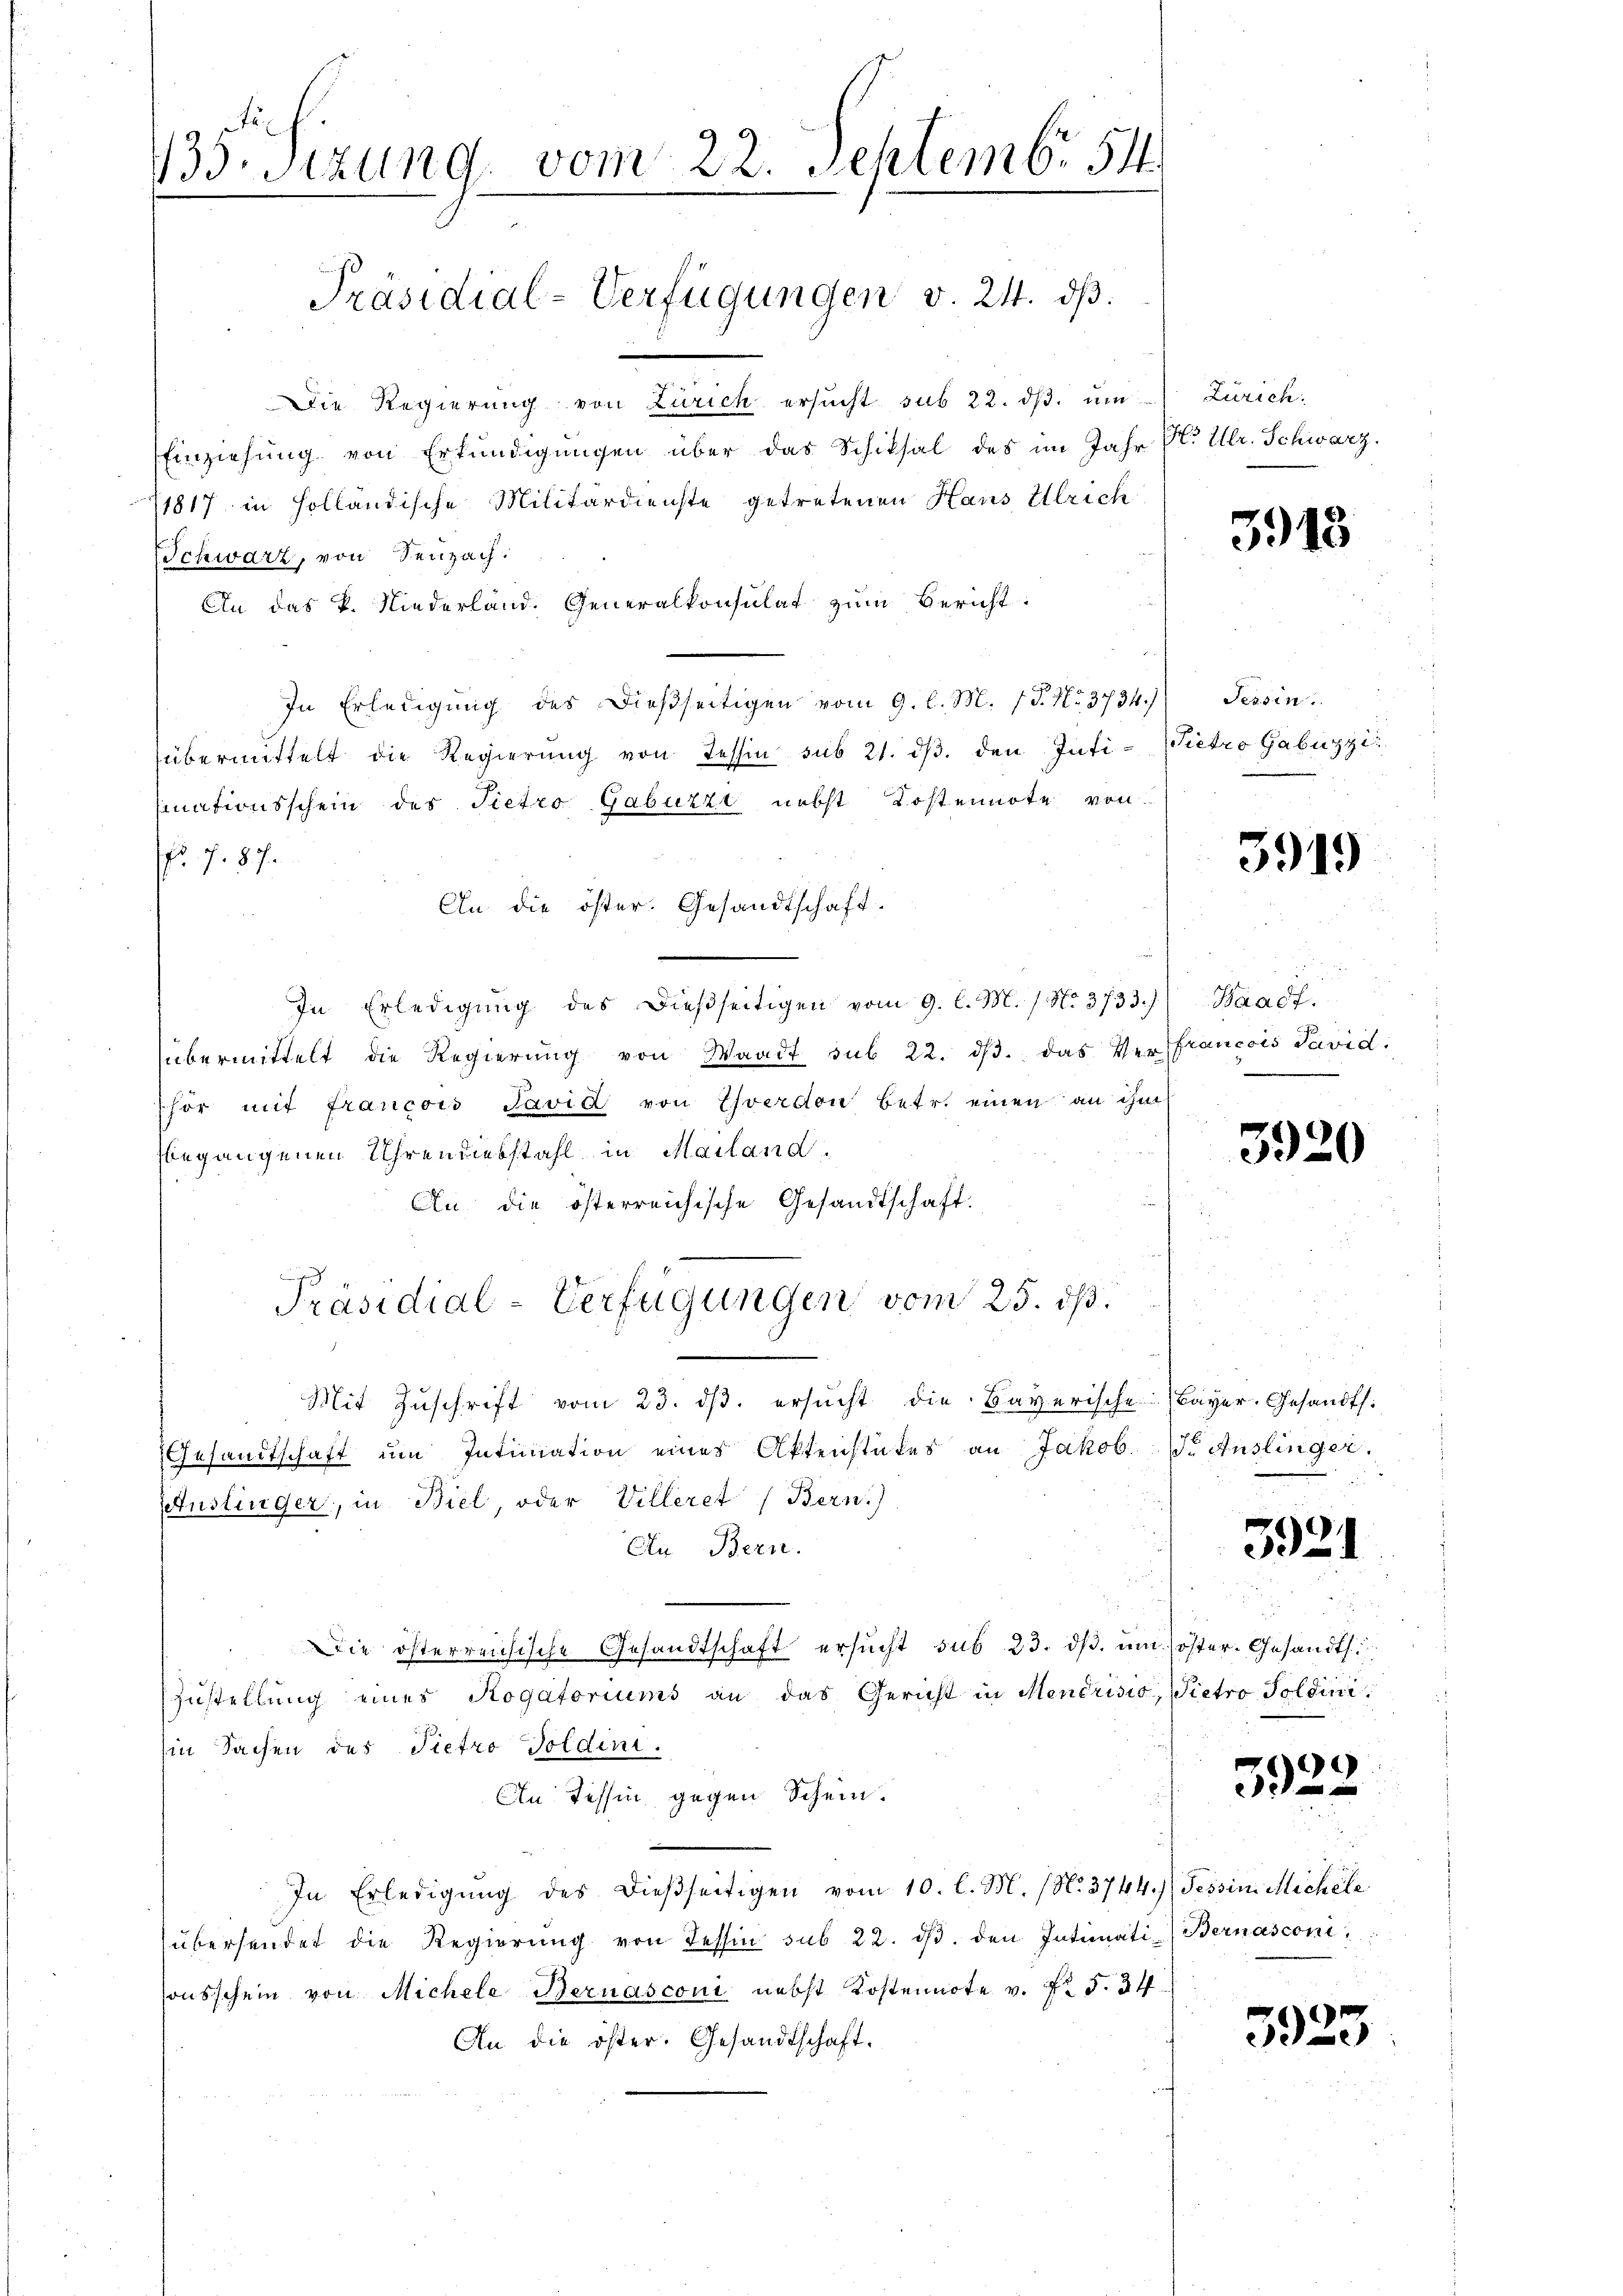
B.sizung, vom 22. Septemb. 54

Die Regierung von Zürich ersŭcht sub 22. dβ. ŭm
Einziehung von Erkundigungen über das Schiksal des im Jahr P. Ubr. Schwarz.
1817 in Holländische Militärdienste getretenen Haus Ulrich
Schwarz, von Seuzach:
An das P. Niederland. Generalkonsulat zŭm Bericht:
In Erledigŭng des dießseitigen vom 9. l. M. 15. No. 3734)) Tessin
übermittelt die Regierŭng von Tessin sub 21. dβ. den Inti-Pietro Gabuzzi
inationsschein des Pietro Gabuzzi nebst Kostennote von
No. 7. 87.
An die öster. Gesandtschaft.
In Erledigung des dießseitigen vom 9. l. M. / No. 3733.)
übermittelt die Regierung von Waadt sub 22. dβ. das Verffrancois Pavid.
phor mit Francois Pavid von Ehverdon betr. einen an ihm
begangenen Uhrendiebstahl in Mailand.
An die österreichische Gesandtschaft.
Präsidial-Verfügungen vom 25. dß.
Mit Zuschrift vom 23. ds. ersucht die Bayerische
Gesandtschaft um Intimation eines Aktenstückes an Jakob.
Eelustinger, in Biel, oder Villeret (Bern.)
An Bern.
Die österreichische Gesandtschaft ersucht sub 23. ds. um
Zŭstellung eines Rogatoriums an das Gericht in Mendrisio
Ein Sachen des Pietro Poldini.
An Tessin gegen Schein.
In Erledigŭng des dießseitigen vom 10. l. M. (N. 3744.) Tessin Michele
übersendet die Regierŭng von Tessin sub 22. dβ. den Intimati (Bernasconi
sonsschein von Michele Bernasconi nebst Kostennote v. Fr. 5. 24.
An die öster. Gesandtschaft.

Präsidial-Verfügungen v. 24. ds.

Zürich:

5918

3919

Waadt.

3920

Bayer, Gesandt.
F. Auslinger.

3921

öster- Gesandts
Pietro Soldini.

)
392

5923